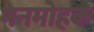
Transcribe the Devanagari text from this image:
मनमोहक